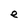
Character: e